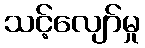
သင့်လျော်မှု